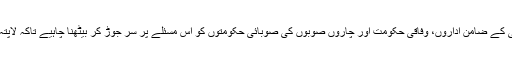
ہمارے خیال میں سیاسی کارکنوں کو اس طرح اغوا کرنے کے بجائے، ملکی سلامتی کے ضامن اداروں، وفاقی حکومت اور چاروں صوبوں کی صوبائی حکومتوں کو اس مسئلے پر سر جوڑ کر بیٹھنا چاہیے تاکہ لاپتہ ہوجانے والے افراد کے لئے کوئی متفقہ اور مناسب لائحہ عمل تشکیل دیا جا سکے۔